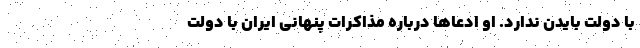
با دولت بایدن ندارد. او ادعاها درباره مذاکرات پنهانی ایران با دولت